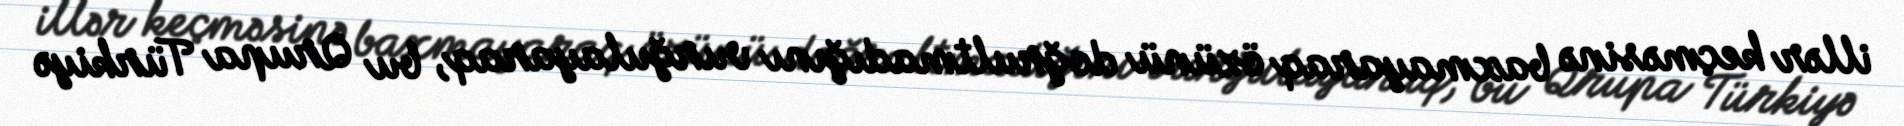
illər keçməsinə baxmayaraq özünü doğrultmadığını vurğulayaraq, bu Qrupa Türkiyə